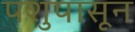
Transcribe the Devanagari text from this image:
पशुपासून